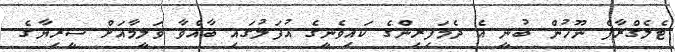
ޓެލެގްރާފް ނޫހުން ބުނީ އެ ދެމަފިރިންގެ ކައިވެނީގެ އުފަލުގައި ބާއްވާ ވަލީމާއަށް ސީރިޔާގެ